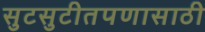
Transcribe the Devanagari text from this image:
सुटसुटीतपणासाठी